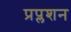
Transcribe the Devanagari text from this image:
प्रप्लशन